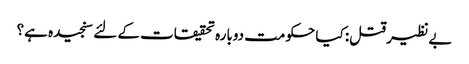
بے نظیر قتل: کیا حکومت دوبارہ تحقیقات کے لئے سنجیدہ ہے؟